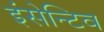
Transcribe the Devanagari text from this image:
इंसेन्टिव